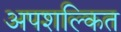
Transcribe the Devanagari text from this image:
अपशल्कित